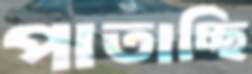
পাতাচ্ছি